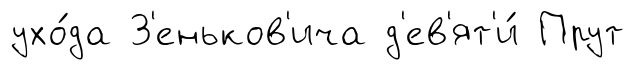
ухо́да З'еньков'ича д'ев'ят'и́ Прут